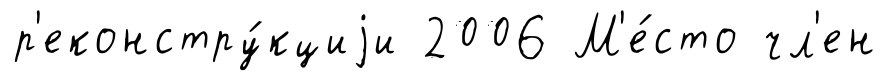
р'еконстру́кциjи 2006 М'е́сто чл'ен